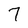
Character: 7